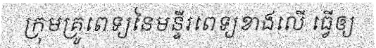
ក្រុមគ្រូពេទ្យនៃមន្ទីរពេទ្យខាងលើ ធ្វើឲ្យ